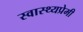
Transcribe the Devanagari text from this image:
स्वास्थ्यप्रेमी